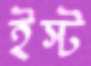
ইস্ট